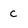
Character: c